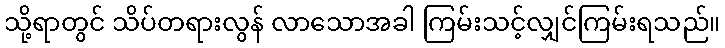
သို့ရာတွင် သိပ်တရားလွန် လာသောအခါ ကြမ်းသင့်လျှင်ကြမ်းရသည်။